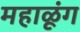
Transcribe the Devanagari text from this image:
महाळूंग